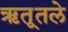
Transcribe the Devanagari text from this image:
ऋतूतले